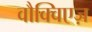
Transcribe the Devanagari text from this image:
वौक्विएज़